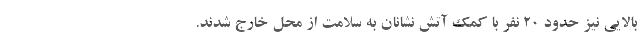
بالایی نیز حدود ٢٠ نفر با کمک آتش نشانان به سلامت از محل خارج شدند.